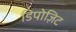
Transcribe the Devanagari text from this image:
डिपोज़िट